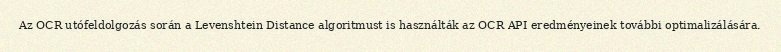
Az OCR utófeldolgozás során a Levenshtein Distance algoritmust is használták az OCR API eredményeinek további optimalizálására.